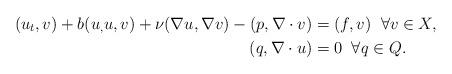
LaTeX: \begin{align*}(u_{t},v) + b(u_,u,v) + \nu (\nabla u,\nabla v) - (p, \nabla \cdot v) &= (f,v) \; \; \forall v \in X, \\(q, \nabla \cdot u) &= 0 \; \; \forall q \in Q.\end{align*}